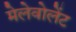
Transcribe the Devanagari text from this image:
मेलेवोलेंट